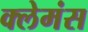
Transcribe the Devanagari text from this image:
क्लेमंस